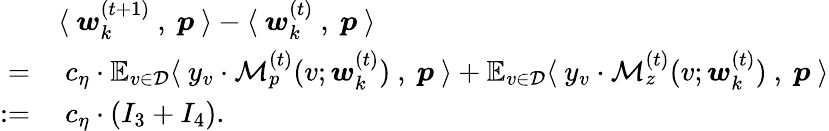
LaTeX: \begin{array}{rl}&{\langle~{\boldsymbol w}_{k}^{(t+1)}~,~{\boldsymbol p}~\rangle-\langle~{\boldsymbol w}_{k}^{(t)}~,~{\boldsymbol p}~\rangle}\\ {=}&{~c_{\eta}\cdot\mathbb{E}_{v\in\mathcal{D}}\langle~y_{v}\cdot\mathcal{M}_{p}^{(t)}(v;{\boldsymbol w}_{k}^{(t)})~,~{\boldsymbol p}~\rangle+\mathbb{E}_{v\in\mathcal{D}}\langle~y_{v}\cdot\mathcal{M}_{z}^{(t)}(v;{\boldsymbol w}_{k}^{(t)})~,~{\boldsymbol p}~\rangle}\\ {:=}&{~c_{\eta}\cdot(I_{3}+I_{4}).}\end{array}